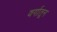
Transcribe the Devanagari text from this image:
वर्गातून